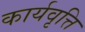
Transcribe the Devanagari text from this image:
कार्यवृत्ति